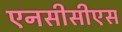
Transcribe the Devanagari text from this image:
एनसीसीएस